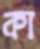
কা